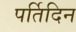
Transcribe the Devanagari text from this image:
पर्तिदिन